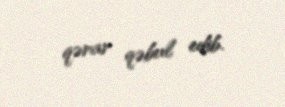
qərar qəbul edib.